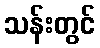
သန်းတွင်